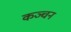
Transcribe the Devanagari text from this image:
कञ्चन